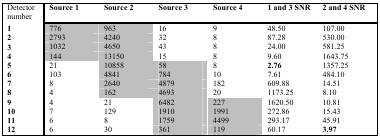
<table><thead><tr><td><b>Detector number</b></td><td><b>Source 1</b></td><td><b>Source 2</b></td><td><b>Source 3</b></td><td><b>Source 4</b></td><td><b>1 and 3 SNR</b></td><td><b>2 and 4 SNR</b></td></tr></thead><tbody><tr><td><b>1</b></td><td>776</td><td>963</td><td>16</td><td>9</td><td>48.50</td><td>107.00</td></tr><tr><td><b>2</b></td><td>2793</td><td>4240</td><td>32</td><td>8</td><td>87.28</td><td>530.00</td></tr><tr><td><b>3</b></td><td>1032</td><td>4650</td><td>43</td><td>8</td><td>24.00</td><td>581.25</td></tr><tr><td><b>4</b></td><td>144</td><td>13150</td><td>15</td><td>8</td><td>9.60</td><td>1643.75</td></tr><tr><td><b>5</b></td><td>21</td><td>10858</td><td>58</td><td>8</td><td><b>2.76</b></td><td>1357.25</td></tr><tr><td><b>6</b></td><td>103</td><td>4841</td><td>784</td><td>10</td><td>7.61</td><td>484.10</td></tr><tr><td><b>7</b></td><td>8</td><td>2640</td><td>4879</td><td>182</td><td>609.88</td><td>14.51</td></tr><tr><td><b>8</b></td><td>4</td><td>162</td><td>4693</td><td>20</td><td>1173.25</td><td>8.10</td></tr><tr><td><b>9</b></td><td>4</td><td>21</td><td>6482</td><td>227</td><td>1620.50</td><td>10.81</td></tr><tr><td><b>10</b></td><td>7</td><td>129</td><td>1910</td><td>1991</td><td>272.86</td><td>15.43</td></tr><tr><td><b>11</b></td><td>6</td><td>8</td><td>1759</td><td>4499</td><td>293.17</td><td>45.91</td></tr><tr><td><b>12</b></td><td>6</td><td>30</td><td>361</td><td>119</td><td>60.17</td><td><b>3.97</b></td></tr></tbody></table>